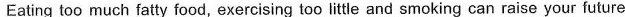
Eating too much fatty food, exercising too little and smoking can raise your future